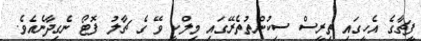
ފީޗާގެ އެހީގައި ތިރީސް ސިކުންތުތެރޭގައި މިލްކީ ވޭ ގެ ޗާލު ފޮޓޯ ނެގިދާނެއެވެ.